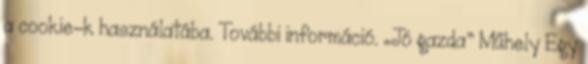
a cookie-k használatába. További információ. „Jó gazda” Műhely Egy